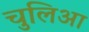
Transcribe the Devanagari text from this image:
चुलिआ